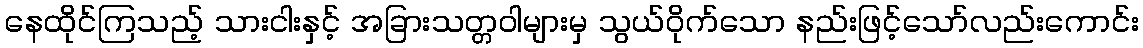
နေထိုင်ကြသည့် သားငါးနှင့် အခြားသတ္တဝါများမှ သွယ်ဝိုက်သော နည်းဖြင့်သော်လည်းကောင်း